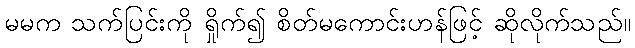
မမက သက်ပြင်းကို ရှိုက်၍ စိတ်မကောင်းဟန်ဖြင့် ဆိုလိုက်သည်။